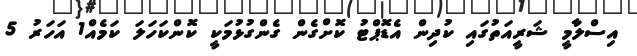
އިސްލާމީ ޝަރީއަތުގައި ކުދިން އެޑޮޕްޓު ކޮށްގެން ގެންގުޅުމަކީ ކޮންކަހަލަ ކަމެއް1 އަހަރު 5